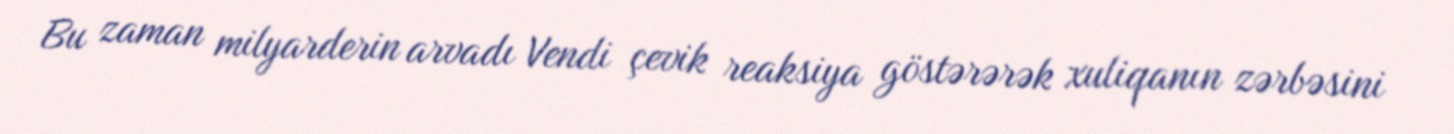
Bu zaman milyarderin arvadı Vendi çevik reaksiya göstərərək xuliqanın zərbəsini